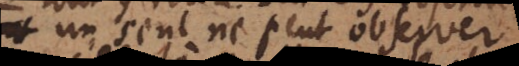
un seul ne peut observer